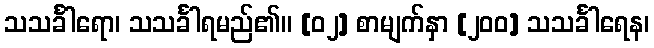
သသင်္ခါရော၊ သသင်္ခါရမည်၏။ [၀၂] စာမျက်နှာ [၂၀၀] သသင်္ခါရေန၊